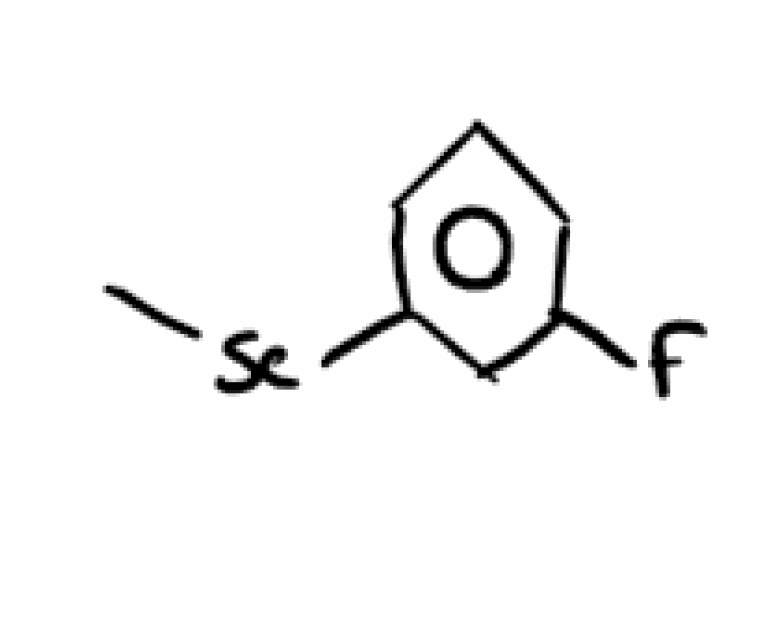
Simplified molecular-input line-entry system (SMILES) notation of the given molecule:
C[Se]C1=CC=CC(=C1)F